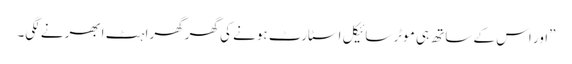
”اور اس کے ساتھ ہی موٹر سائیکل اسٹارٹ ہونے کی گھرگھراہٹ ابھرنے لگی۔